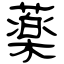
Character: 薬